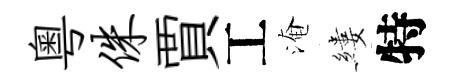
粤侏賈工淹縷特